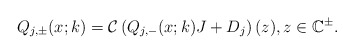
\begin{align*}Q_{j,\pm}(x;k)=\mathcal{C}\left(Q_{j,-}(x ; k) J+D_j\right)(z), z \in \mathbb{C}^{\pm}.\end{align*}